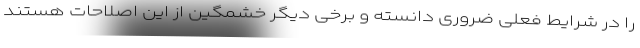
را در شرایط فعلی ضروری دانسته و برخی دیگر خشمگین از این اصلاحات هستند